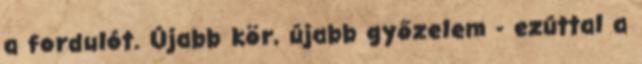
a fordulót. Újabb kör, újabb győzelem - ezúttal a